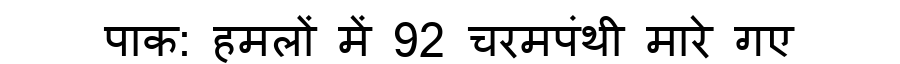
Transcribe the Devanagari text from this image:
पाक: हमलों में 92 चरमपंथी मारे गए